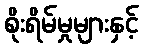
စိုးရိမ်မှုများနှင့်